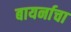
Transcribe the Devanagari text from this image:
बायर्नाचा